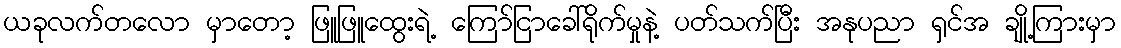
ယခုလက်တလော မှာတော့ ဖြူဖြူထွေးရဲ့ ကြော်ငြာခေါ်ရိုက်မှုနဲ့ ပတ်သက်ပြီး အနုပညာ ရှင်အ ချို့ကြားမှာ